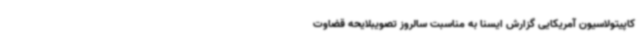
کاپیتولاسیون آمریکایی گزارش ایسنا به مناسبت سالروز تصویبلایحه قضاوت